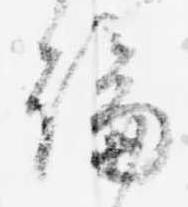
論